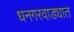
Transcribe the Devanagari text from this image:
धनगरवाड्यात